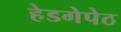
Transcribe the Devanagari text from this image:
हेडगेपेठ